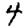
Digit: 4